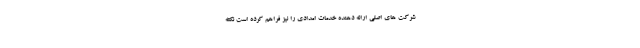
شرکت های اصلی ارائه دهنده خدمات امدادی را نیز فراهم کرده است نکته